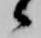
候